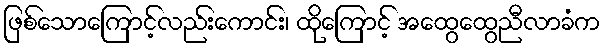
ဖြစ်သောကြောင့်လည်းကောင်း၊ ထိုကြောင့် အထွေထွေညီလာခံက